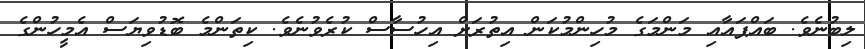
ލިބުނެވެ. ބައްޕައާއި މަންމަގެ މުހިންމުކަން އިތުރަށް އިހުސާސް ކުރެވުނެވެ. ކިތަންމެ ބޮޑުވިޔަސް އެމީހުންގެ